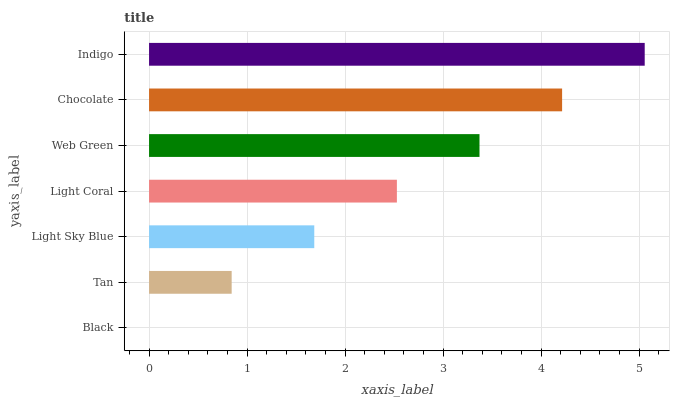
| yaxis_label | bars |
 | --- | --- |
 | Black | 0 |
 | Tan | 0.843 |
 | Light Sky Blue | 1.69 |
 | Light Coral | 2.53 |
 | Web Green | 3.37 |
 | Chocolate | 4.21 |
 | Indigo | 5.06 |